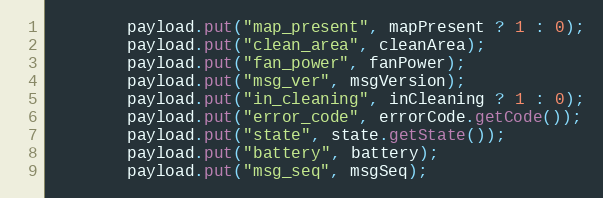
Language: Java
        payload.put("map_present", mapPresent ? 1 : 0);
        payload.put("clean_area", cleanArea);
        payload.put("fan_power", fanPower);
        payload.put("msg_ver", msgVersion);
        payload.put("in_cleaning", inCleaning ? 1 : 0);
        payload.put("error_code", errorCode.getCode());
        payload.put("state", state.getState());
        payload.put("battery", battery);
        payload.put("msg_seq", msgSeq);